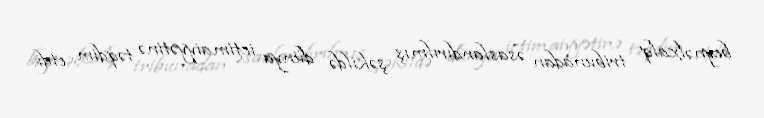
beynəlxalq tribunadan əsaslandırılmış şəkildə dünya ictimaiyyətinə təqdim etdi.